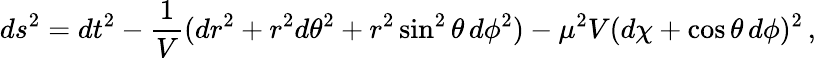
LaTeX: ds^{2}=dt^{2}-\frac{1}{V}(dr^{2}+r^{2}d\theta^{2}+r^{2}\sin^{2}\theta\, d\phi^{2})-\mu^{2}V(d\chi+\cos\theta\, d\phi)^{2}\, ,